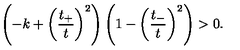
\left( - k + \left( \frac { t _ { + } } { t } \right) ^ { 2 } \right) \left( 1 - \left( \frac { t _ { - } } { t } \right) ^ { 2 } \right) > 0 .